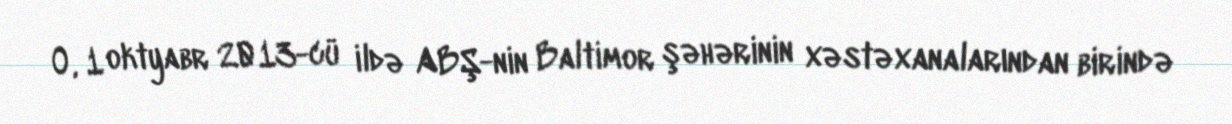
O, 1 oktyabr 2013-cü ildə ABŞ-nin Baltimor şəhərinin xəstəxanalarından birində